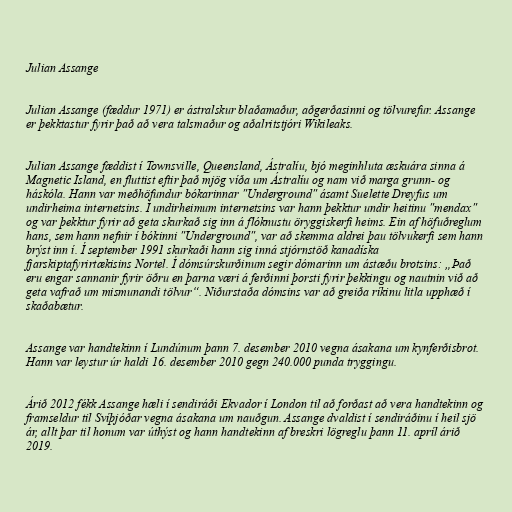
Julian Assange

Julian Assange (fæddur 1971) er ástralskur blaðamaður, aðgerðasinni og tölvurefur. Assange
er þekktastur fyrir það að vera talsmaður og aðalritstjóri Wikileaks.

Julian Assange fæddist í Townsville, Queensland, Ástralíu, bjó meginhluta æskuára sinna á
Magnetic Island, en fluttist eftir það mjög víða um Ástralíu og nam við marga grunn- og
háskóla. Hann var meðhöfundur bókarinnar "Underground" ásamt Suelette Dreyfus um
undirheima internetsins. Í undirheimum internetsins var hann þekktur undir heitinu "mendax"
og var þekktur fyrir að geta skurkað sig inn á flóknustu öryggiskerfi heims. Ein af höfuðreglum
hans, sem hann nefnir í bókinni "Underground", var að skemma aldrei þau tölvukerfi sem hann
brýst inn í. Í september 1991 skurkaði hann sig inná stjórnstöð kanadíska
fjarskiptafyrirtækisins Nortel. Í dómsúrskurðinum segir dómarinn um ástæðu brotsins: „Það
eru engar sannanir fyrir öðru en þarna væri á ferðinni þorsti fyrir þekkingu og nautnin við að
geta vafrað um mismunandi tölvur“. Niðurstaða dómsins var að greiða ríkinu litla upphæð í
skaðabætur.

Assange var handtekinn í Lundúnum þann 7. desember 2010 vegna ásakana um kynferðisbrot.
Hann var leystur úr haldi 16. desember 2010 gegn 240.000 punda tryggingu.

Árið 2012 fékk Assange hæli í sendiráði Ekvador í London til að forðast að vera handtekinn og
framseldur til Svíþjóðar vegna ásakana um nauðgun. Assange dvaldist í sendiráðinu í heil sjö
ár, allt þar til honum var úthýst og hann handtekinn af breskri lögreglu þann 11. apríl árið
2019.